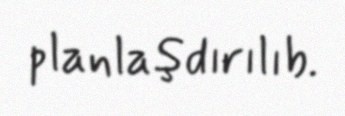
planlaşdırılıb.